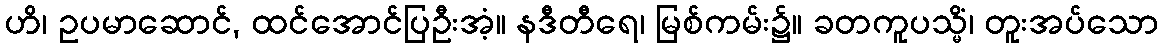
ဟိ၊ ဥပမာဆောင်, ထင်အောင်ပြဦးအံ့။ နဒီတီရေ၊ မြစ်ကမ်း၌။ ခတကူပသ္မိံ၊ တူးအပ်သော